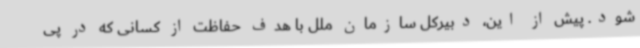
شود. پیش از این، دبیرکل سازمان ملل با هدف حفاظت از کسانی که در پی